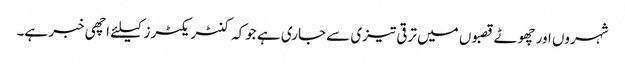
شہروں اور چھوٹے قصبوں میں ترقی تیزی سے جاری ہے جوکہ کنٹریکٹرز کیلئے اچھی خبر ہے۔